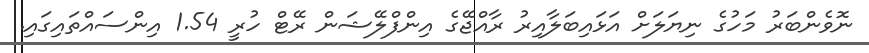
ނޮވެންބަރު މަހުގެ ނިޔަލަށް އަޅައިބަލާއިރު ރާއްޖޭގެ އިންފްލޭޝަން ރޭޓް ހުރީ 1.54 އިންސައްތައިގައި.